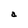
Character: a